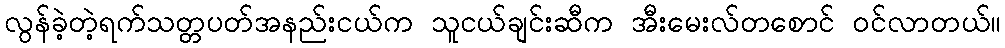
လွန်ခဲ့တဲ့ရက်သတ္တပတ်အနည်းငယ်က သူငယ်ချင်းဆီက အီးမေးလ်တစောင် ဝင်လာတယ်။